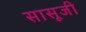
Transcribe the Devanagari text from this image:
सासूजी